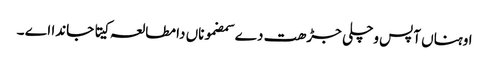
اوہناں آپس وچلی جڑھت دے سمضموناں دا مطالعہ کیتا جاندا اے ۔